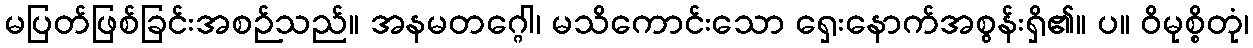
မပြတ်ဖြစ်ခြင်းအစဉ်သည်။ အနမတဂ္ဂေါ၊ မသိကောင်းသော ရှေးနောက်အစွန်းရှိ၏။ ပ။ ဝိမုစ္စိတုံ၊